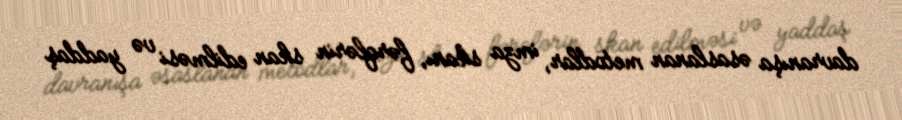
davranışa əsaslanan metodlar, imza skanı, fərqlərin skan edilməsi və yaddaş